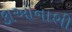
કાઓનાશી